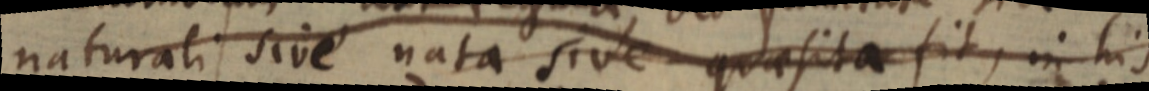
naturali sive nata sive quaesita fit, in his